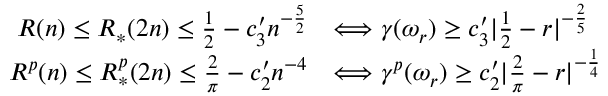
\begin{array} { r l } { R ( n ) \le R _ { * } ( 2 n ) \le \frac { 1 } { 2 } - c _ { 3 } ^ { \prime } n ^ { - \frac { 5 } { 2 } } } & { \Longleftrightarrow \gamma ( \omega _ { r } ) \ge c _ { 3 } ^ { \prime } | \frac { 1 } { 2 } - r | ^ { - \frac { 2 } { 5 } } } \\ { R ^ { p } ( n ) \le R _ { * } ^ { p } ( 2 n ) \le \frac { 2 } { \pi } - c _ { 2 } ^ { \prime } n ^ { - 4 } } & { \Longleftrightarrow \gamma ^ { p } ( \omega _ { r } ) \ge c _ { 2 } ^ { \prime } | \frac { 2 } { \pi } - r | ^ { - \frac { 1 } { 4 } } } \end{array}